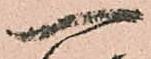
一